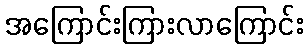
အကြောင်းကြားလာကြောင်း